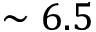
\sim 6 . 5